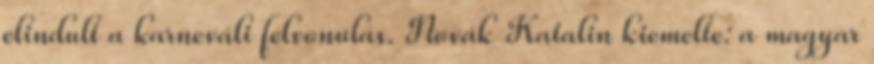
elindult a karneváli felvonulás. Novák Katalin kiemelte: a magyar